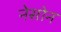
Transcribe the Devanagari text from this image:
नेसोन